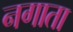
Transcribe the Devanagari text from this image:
नगाता